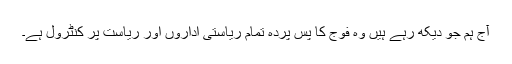
آج ہم جو دیکھ رہے ہیں وہ فوج کا پس پردہ تمام ریاستی اداروں اور ریاست پر کنٹرول ہے۔